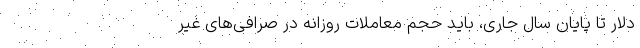
دلار تا پایان سال جاری، باید حجم معاملات روزانه در صرافی‌های غیر